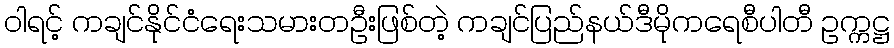
ဝါရင့် ကချင်နိုင်ငံရေးသမားတဦးဖြစ်တဲ့ ကချင်ပြည်နယ်ဒီမိုကရေစီပါတီ ဥက္ကဋ္ဌ